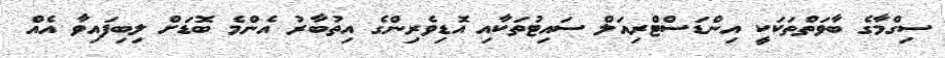
ސިގްމާގެ ބާވަތްތަކަކީ އިންޑަސްޓްރިއަލް ސައިޓުތަކާއި އޮޑިވެރިންގެ އިތުބާރު އެންމެ ބޮޑަށް ލިބިފައިވާ އެއް